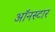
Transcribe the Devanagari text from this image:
ऑनस्टार